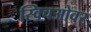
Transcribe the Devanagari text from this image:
स्विचओवर